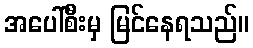
အပေါ်စီးမှ မြင်နေရသည်။